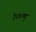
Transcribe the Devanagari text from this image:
रैनविष्णु